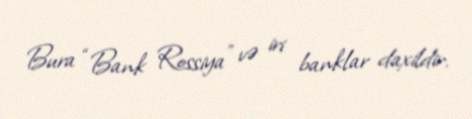
Bura “Bank Rossiya” və iri banklar daxildir.